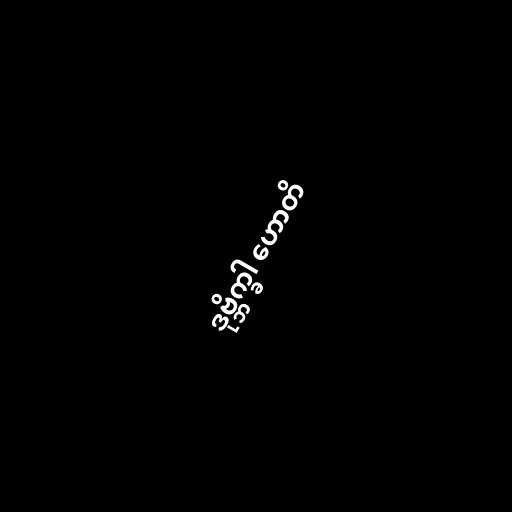
ဒုဗ္ဘိက္ခါ ဟောတိ